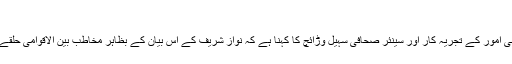
"
سیاسی امور کے تجریہ کار اور سینئر صحافی سہیل وڑائچ کا کہنا ہے کہ نواز شریف کے اس بیان کے بظاہر مخاطب بین الاقوامی حلقے ہیں۔